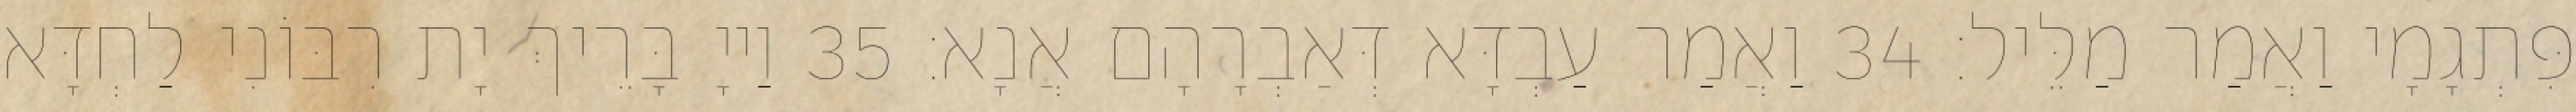
פִּתְגָמָי וַאֲמַר מַלֵּיל׃ 34 וַאֲמַר עַבְדָּא דְּאַבְרָהָם אֲנָא׃ 35 וַייָ בָּרֵיךְ יָת רִבּוֹנִי לַחְדָּא